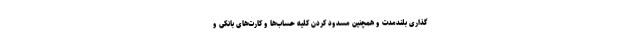
گذاری بلندمدت و همچنین مسدود کردن کلیه حساب‌ها و کارت‌های بانکی و